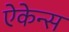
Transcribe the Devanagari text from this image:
ऐकेन्स